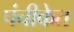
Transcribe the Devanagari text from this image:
पंचीकेत